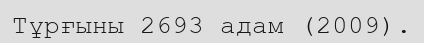
Тұрғыны 2693 адам (2009).